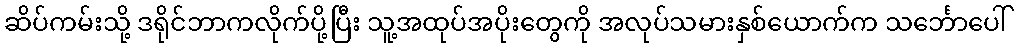
ဆိပ်ကမ်းသို့ ဒရိုင်ဘာကလိုက်ပို့ပြီး သူ့အထုပ်အပိုးတွေကို အလုပ်သမားနှစ်ယောက်က သင်္ဘောပေါ်